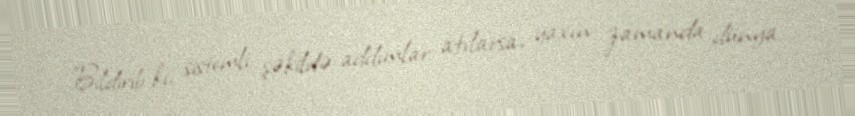
Bildirib ki, sistemli şəkildə addımlar atılarsa, yaxın zamanda dünya